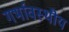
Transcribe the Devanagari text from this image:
गर्भावस्थीय